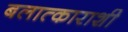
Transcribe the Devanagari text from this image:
बलात्काराशी